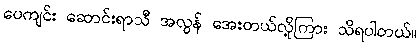
ပေကျင်း ဆောင်းရာသီ အလွန် အေးတယ်လို့ကြား သိရပါတယ်။